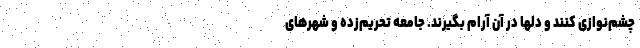
چشم‌نوازی کنند و دلها در آن آرام بگیرند. جامعه تحریم‌زده و شهرهای